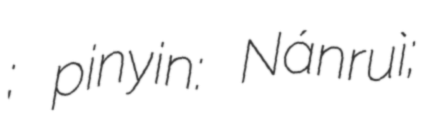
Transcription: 南瑞; pinyin: Nánruì;